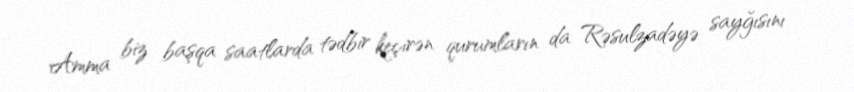
Amma biz başqa saatlarda tədbir keçirən qurumların da Rəsulzadəyə sayğısını